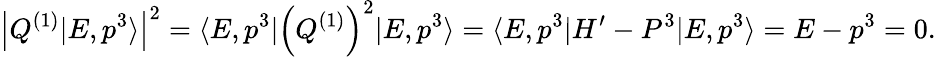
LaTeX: \left|Q^{(1)}\vert E,p^{3}\rangle\right|^{2}=\langle E,p^{3}\vert\left(Q^{(1)}\right)^{2}\vert E,p^{3}\rangle=\langle E,p^{3}\vert H^{\prime}-P^{3}\vert E,p^{3}\rangle=E-p^{3}=0.